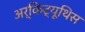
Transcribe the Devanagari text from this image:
अर्किट्यूथिस